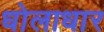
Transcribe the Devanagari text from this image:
धोलाधार